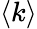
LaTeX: ⟨k⟩